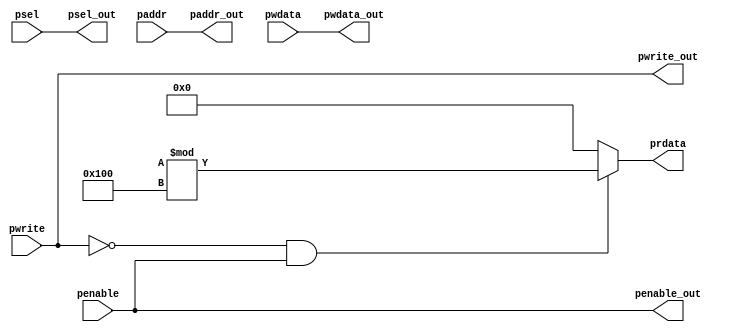
module apb_interface(input pwrite,penable, input [2:0]psel, 
input [31:0]paddr,pwdata, output pwrite_out,penable_out,
output [2:0]psel_out,output [31:0]paddr_out,pwdata_out, output reg [31:0]prdata);
assign pwrite_out=pwrite;
assign penable_out=penable;
assign psel_out=psel;
assign paddr_out=paddr;
assign pwdata_out=pwdata;
always@(*)
begin
if(!pwrite&&penable)
prdata=($random)%256;
else
prdata=32'h0;
end
endmodule